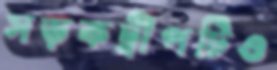
সড়কদ্বীপটিও